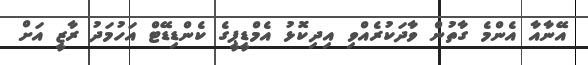
އޭނާއާ އެންމެ ގާތުން ވާދަކުރެއްވި އިދިކޮޅު އެމްޑީޕީގެ ކެންޑިޑޭޓް އަހުމަދު ރާޒީ އަށް